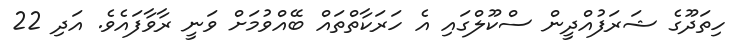
ހިތަދޫގެ ޝަރަފުއްދީން ސްކޫލްގައި އެ ހަރަކާތްތައް ބޭއްވުމަށް ވަނީ ރާވާފައެވެ. އަދި 22